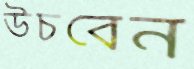
উচবেন